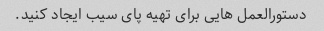
دستورالعمل هایی برای تهیه پای سیب ایجاد کنید.